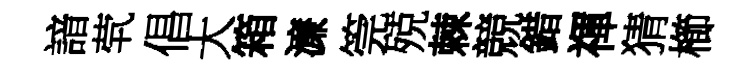
諳茕倡大箱濓筦殑棘競錯禈猜櫛